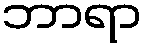
ဘာရာ